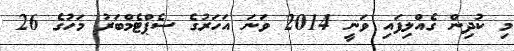
މި ކުދިން ގެއްލިފައި ވަނީ 2014 ވަނަ އަހަރުގެ ސެޕްޓެމްބަރު މަހުގެ 26